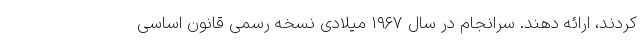
کردند، ارائه دهند. سرانجام در سال ۱۹۶۷ میلادی نسخه رسمی قانون اساسی